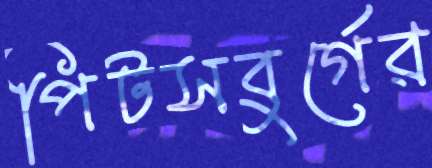
পিটসবুর্গের